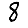
Digit: 8